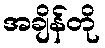
အချိန်တို